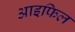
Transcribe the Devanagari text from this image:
आइफिल